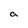
Character: a